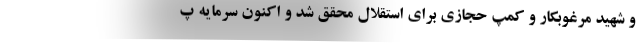
و شهید مرغوبکار و کمپ حجازی برای استقلال محقق شد و اکنون سرمایه پ